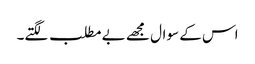
اس کے سوال مجھے بے مطلب لگتے۔